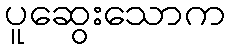
ပူဆွေးသောက